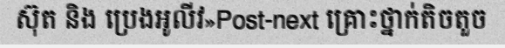
ស៊ុត និង ប្រេងអូលីវ»Post-next គ្រោះថ្នាក់តិចតួច